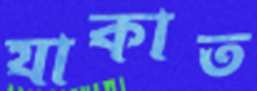
যাকাত